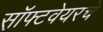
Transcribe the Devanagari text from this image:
स़ॉफ्टवेयरचे